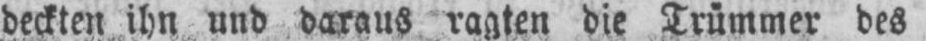
deckten ihn und daraus ragten die Trümmer des